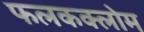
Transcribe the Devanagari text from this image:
फलकक्लोम